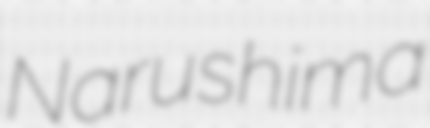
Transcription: Narushima